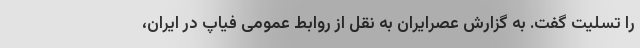
را تسلیت گفت. به گزارش عصرایران به نقل از روابط عمومی فیاپ در ایران،